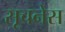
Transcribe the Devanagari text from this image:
सूचनेस